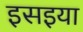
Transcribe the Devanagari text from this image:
इसइया